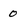
Character: 0